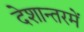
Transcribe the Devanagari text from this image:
देशान्तरमें